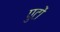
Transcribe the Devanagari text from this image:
पुटों